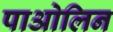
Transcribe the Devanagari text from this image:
पाओलिन